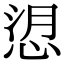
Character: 𢚑